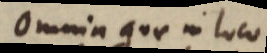
Omnia quae in loco